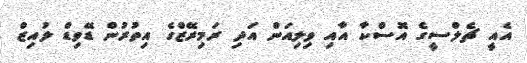
އެއީ ޗެލްސީގެ އޮސްކާ އާއި ވިލިއަން އަދި ރަމިރޭޒްގެ އިތުރުން ޑޭވިޑް ލުއިޒް